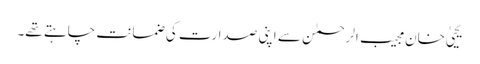
یحییٰ خان مجیب الرحمٰن سے اپنی صدارت کی ضمانت چاہتے تھے۔